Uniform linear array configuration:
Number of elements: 8
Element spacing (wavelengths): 0.5
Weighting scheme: binomial
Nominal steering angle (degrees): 30
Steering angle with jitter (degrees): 31.753
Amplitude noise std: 0.05
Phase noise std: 0.05

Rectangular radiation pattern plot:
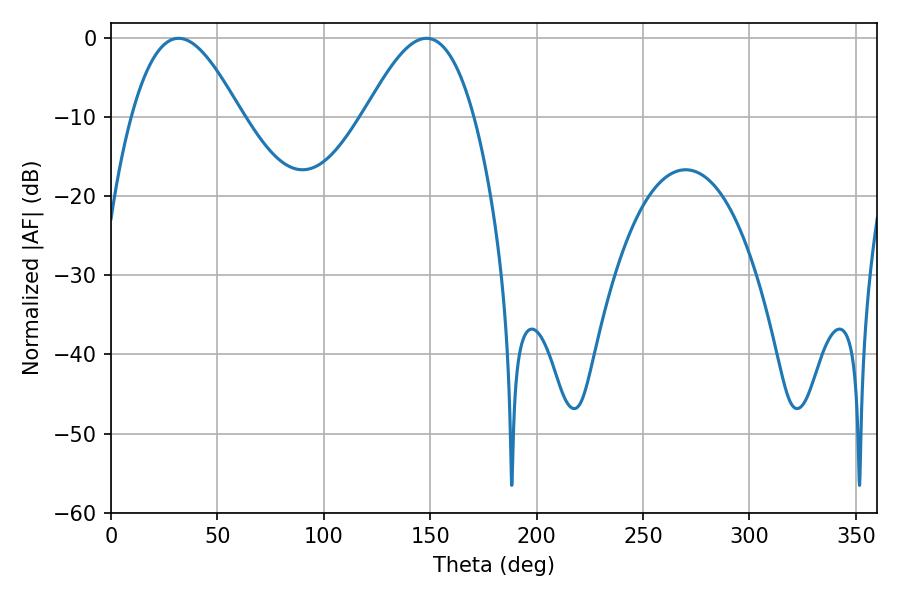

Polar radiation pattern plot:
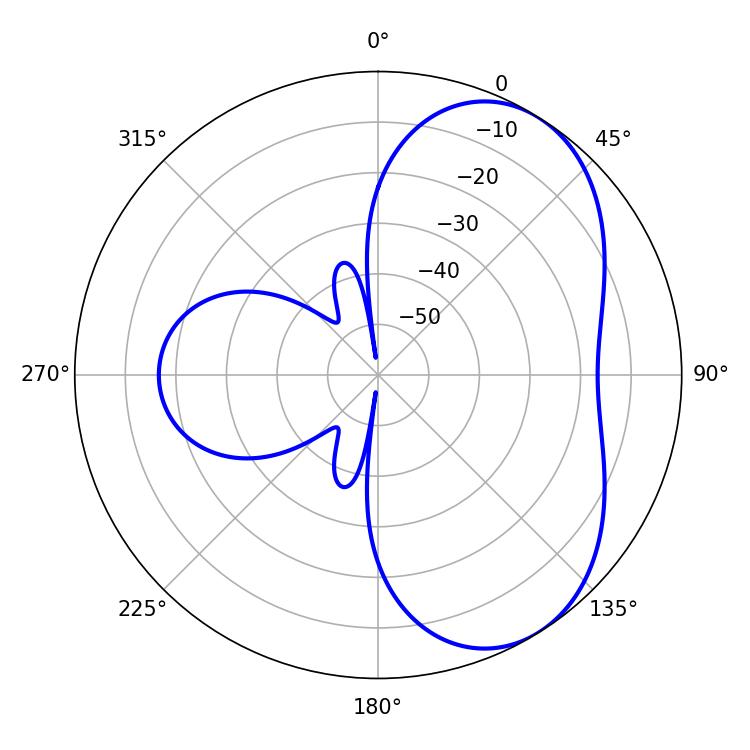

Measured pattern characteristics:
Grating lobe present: FALSE
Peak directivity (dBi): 5.304
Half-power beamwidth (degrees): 27.72
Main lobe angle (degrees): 31.68